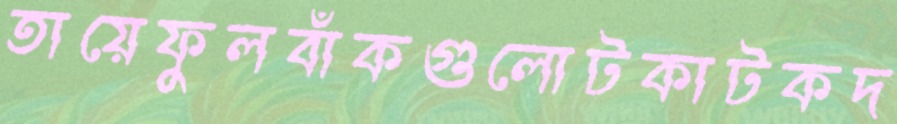
তায়েফুলবাঁকগুলোটকাটকদ